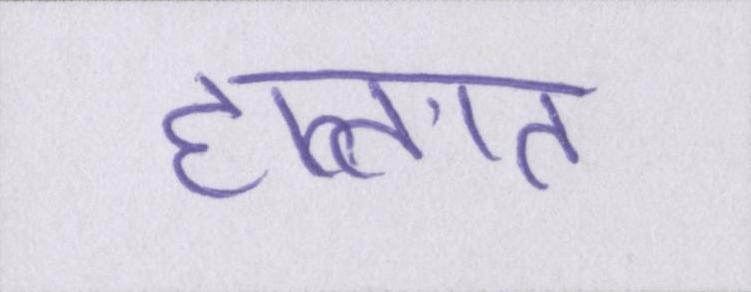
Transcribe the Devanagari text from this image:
हालात